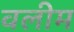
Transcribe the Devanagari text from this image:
वलीम